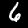
Label: 6